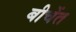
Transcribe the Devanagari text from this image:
बीचेंत